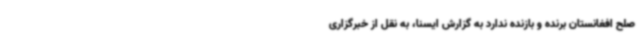
صلح افغانستان برنده و بازنده‌ ندارد به گزارش ایسنا، به نقل از خبرگزاری